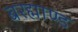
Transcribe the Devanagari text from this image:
बरह्माण्ड